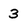
Character: 3